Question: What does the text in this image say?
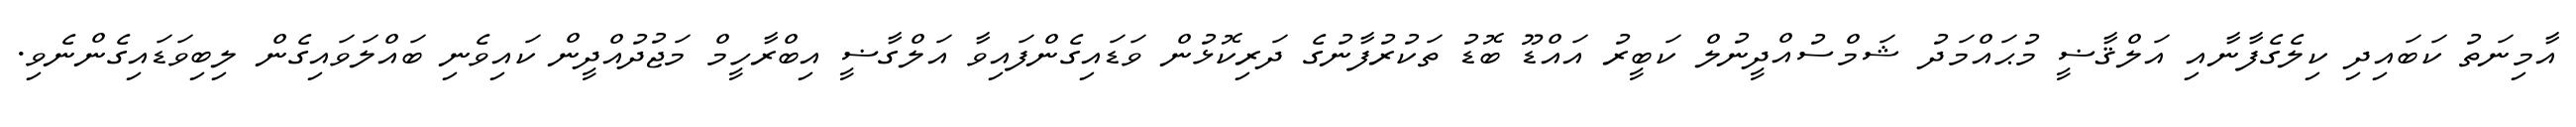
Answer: އާމިނަތު ކަބައިދި ކިލެގެފާނާއި އަލްޤާޟީ މުޙައްމަދު ޝަމްސުއްދީނުލް ކަބީރު އައްޑޫ ބޮޑު ތަކުރުފާނުގެ ދަރިކޮޅުން ވަޑައިގެންފައިވާ އަލްގާޟީ އިބްރާހީމް މަޖުދުއްދީން ކައިވެނި ބައްލަވައިގެން ލިބިވަޑައިގެންނެވި.